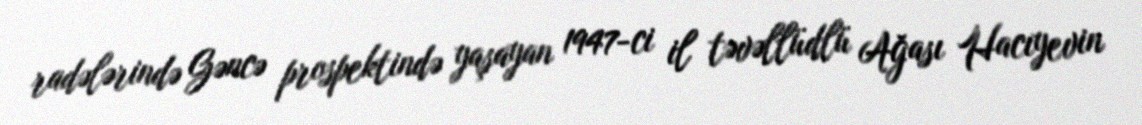
radələrində Gəncə prospektində yaşayan 1947-ci il təvəllüdlü Ağası Hacıyevin